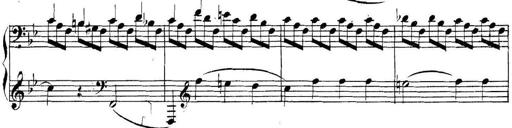
Title: Collected Piano Sonatas
Composer: Muzio Clementi